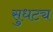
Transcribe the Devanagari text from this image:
सुधट्य